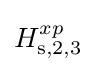
H_{\rm {s,2,3}}^{xp}